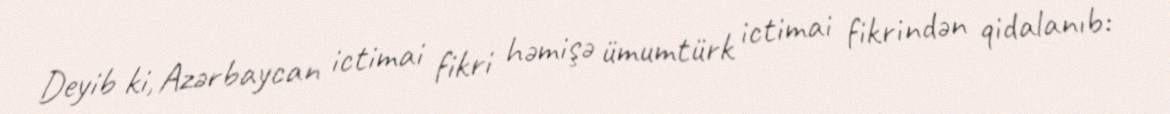
Deyib ki, Azərbaycan ictimai fikri həmişə ümumtürk ictimai fikrindən qidalanıb: